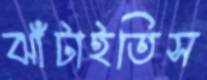
ঝাঁটাইতিস